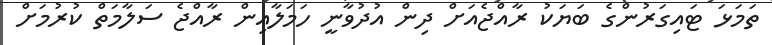
ތަމަޅަ ޓައިގަރުންގެ ބަޔަކު ރާއްޖެއަށް ދިން އުދުވާނީ ހަމަލާއިން ރާއްޖެ ސަލާމަތް ކުރުމަށް